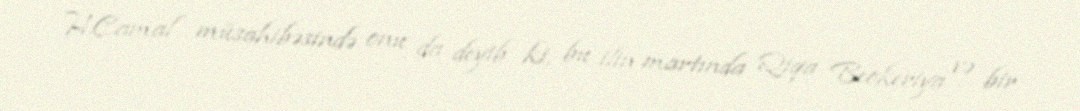
H.Camal müsahibəsində onu da deyib ki, bu ilin martında Qiqa Beokeriya və bir